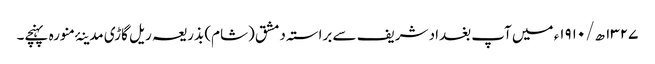
۱۳۲۷ ھ/۱۹۱۰ء میں آپ بغداد شریف سے براستہ دمشق (شام) بذریعہ ریل گاڑی مدینۂ منورہ پہنچے۔